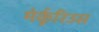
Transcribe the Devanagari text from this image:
मेर्कूरिउस